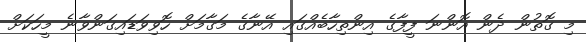
މި ގޮތުން ދެން އޮންނަ ފީފާގެ އިންތިހާބެއްގައި އޭނާގެ މަގާމަށް ހޮވިވަޑައިގަންވާނެ މީހަކަށް